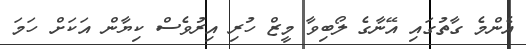
އެންމެ ގާތުގައި އޭނާގެ ލޯބިވާ މީޒް ހުރި އިރުވެސް ކިޔާން އަކަށް ހަމަ